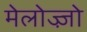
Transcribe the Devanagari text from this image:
मेलोज्ज़ो